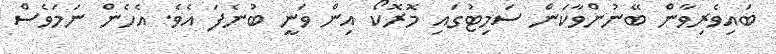
ބައިވެރިވާން ބޭނުންވާކަން ސަމިޓުގައި މޮރޮކޯ އިން ވަނީ ބުނެފަ އެވެ. އެހެން ނަމަވެސް